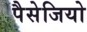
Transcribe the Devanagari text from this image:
पैसेजियो